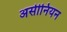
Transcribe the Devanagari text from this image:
असीनियन